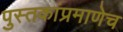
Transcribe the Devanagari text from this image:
पुस्तकांप्रमाणेच